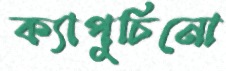
ক্যাপুচিনো